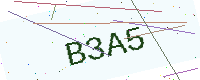
Text: B3A5